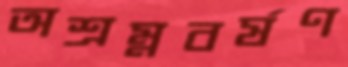
অশ্রম্নবর্ষণ